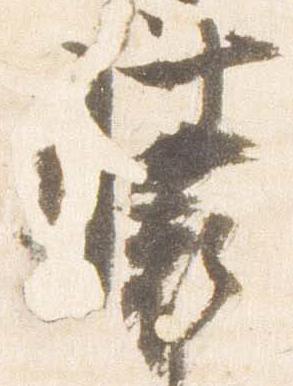
装